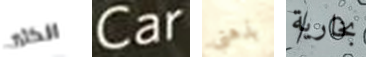
الكثير Car بذهني بخارية